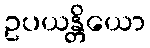
ဥပယန္တိယော